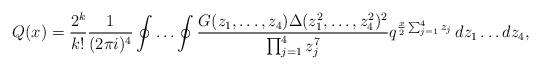
LaTeX: \begin{align*} Q(x) = \frac{ 2^k}{k!} \frac{1}{(2 \pi i)^4} \oint \ldots \oint \frac{G(z_1, \ldots, z_4) \Delta(z_1^2, \ldots, z_4^2)^2}{ \prod_{j=1}^4 z_j^{7}} q^{\frac{x}{2} \sum_{j=1}^4 z_j } \, dz_1 \ldots dz_4, \end{align*}